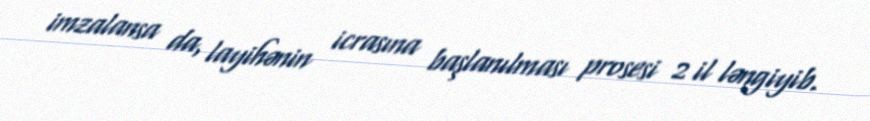
imzalansa da, layihənin icrasına başlanılması prosesi 2 il ləngiyib.